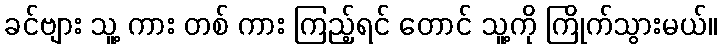
ခင်ဗျား သူ့ ကား တစ် ကား ကြည့်ရင် တောင် သူ့ကို ကြိုက်သွားမယ်။